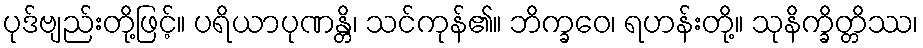
ပုဒ်ဗျည်းတို့ဖြင့်။ ပရိယာပုဏန္တိ၊ သင်ကုန်၏။ ဘိက္ခဝေ၊ ရဟန်းတို့။ သုနိက္ခိတ္တိဿ၊